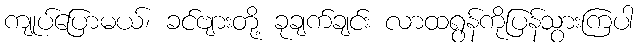
ကျုပ်ပြောမယ်၊ ခင်ဗျားတို့ ခုချက်ချင်း လာထရွန်ကိုပြန်သွားကြပါ